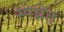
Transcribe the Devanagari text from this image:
स्पध्रेत